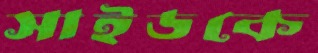
সাইডকে